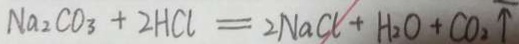
N a _ { 2 } C O _ { 3 } + 2 H C l = 2 N a C l + H _ { 2 } O + C O _ { 2 } \uparrow